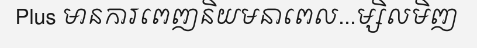
Plus មានការពេញនិយមនាពេល...ម្សិលមិញ